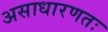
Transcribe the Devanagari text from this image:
असाधारणतः